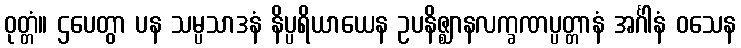
ဝုတ္တံ။ ဌပေတွာ ပန သမ္ပသာဒနံ နိပ္ပရိယာယေန ဥပနိဇ္ဈာနလက္ခဏပ္ပတ္တာနံ အင်္ဂါနံ ဝသေန